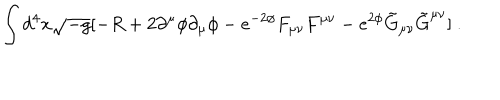
\int { d ^ { 4 } x \sqrt { - g } [ - R + 2 \partial ^ { \mu } \phi \partial _ { \mu } \phi - e ^ { - 2 \phi } F _ { \mu \nu } F ^ { \mu \nu } - e ^ { 2 \phi } \tilde { G } _ { \mu \nu } \tilde { G } ^ { \mu \nu } ] } \ .